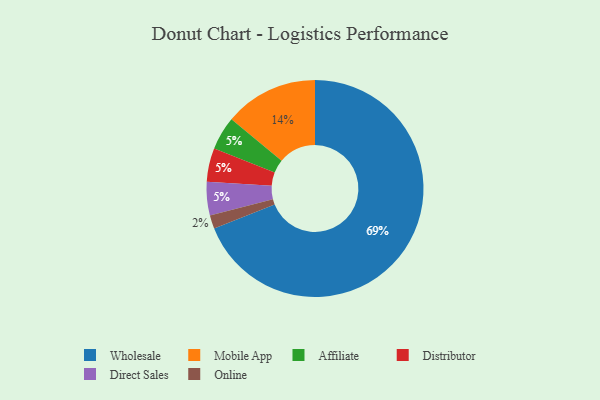
{"axis": {"x": "Category", "y": "Percentage"}, "legend": ["Affiliate", "Direct Sales", "Distributor", "Mobile App", "Online", "Wholesale"], "data": [{"x": "Affiliate", "y": 5, "type": "Affiliate"}, {"x": "Wholesale", "y": 69, "type": "Wholesale"}, {"x": "Distributor", "y": 5, "type": "Distributor"}, {"x": "Mobile App", "y": 14, "type": "Mobile App"}, {"x": "Online", "y": 2, "type": "Online"}, {"x": "Direct Sales", "y": 5, "type": "Direct Sales"}]}